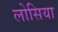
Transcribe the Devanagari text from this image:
लोसिया